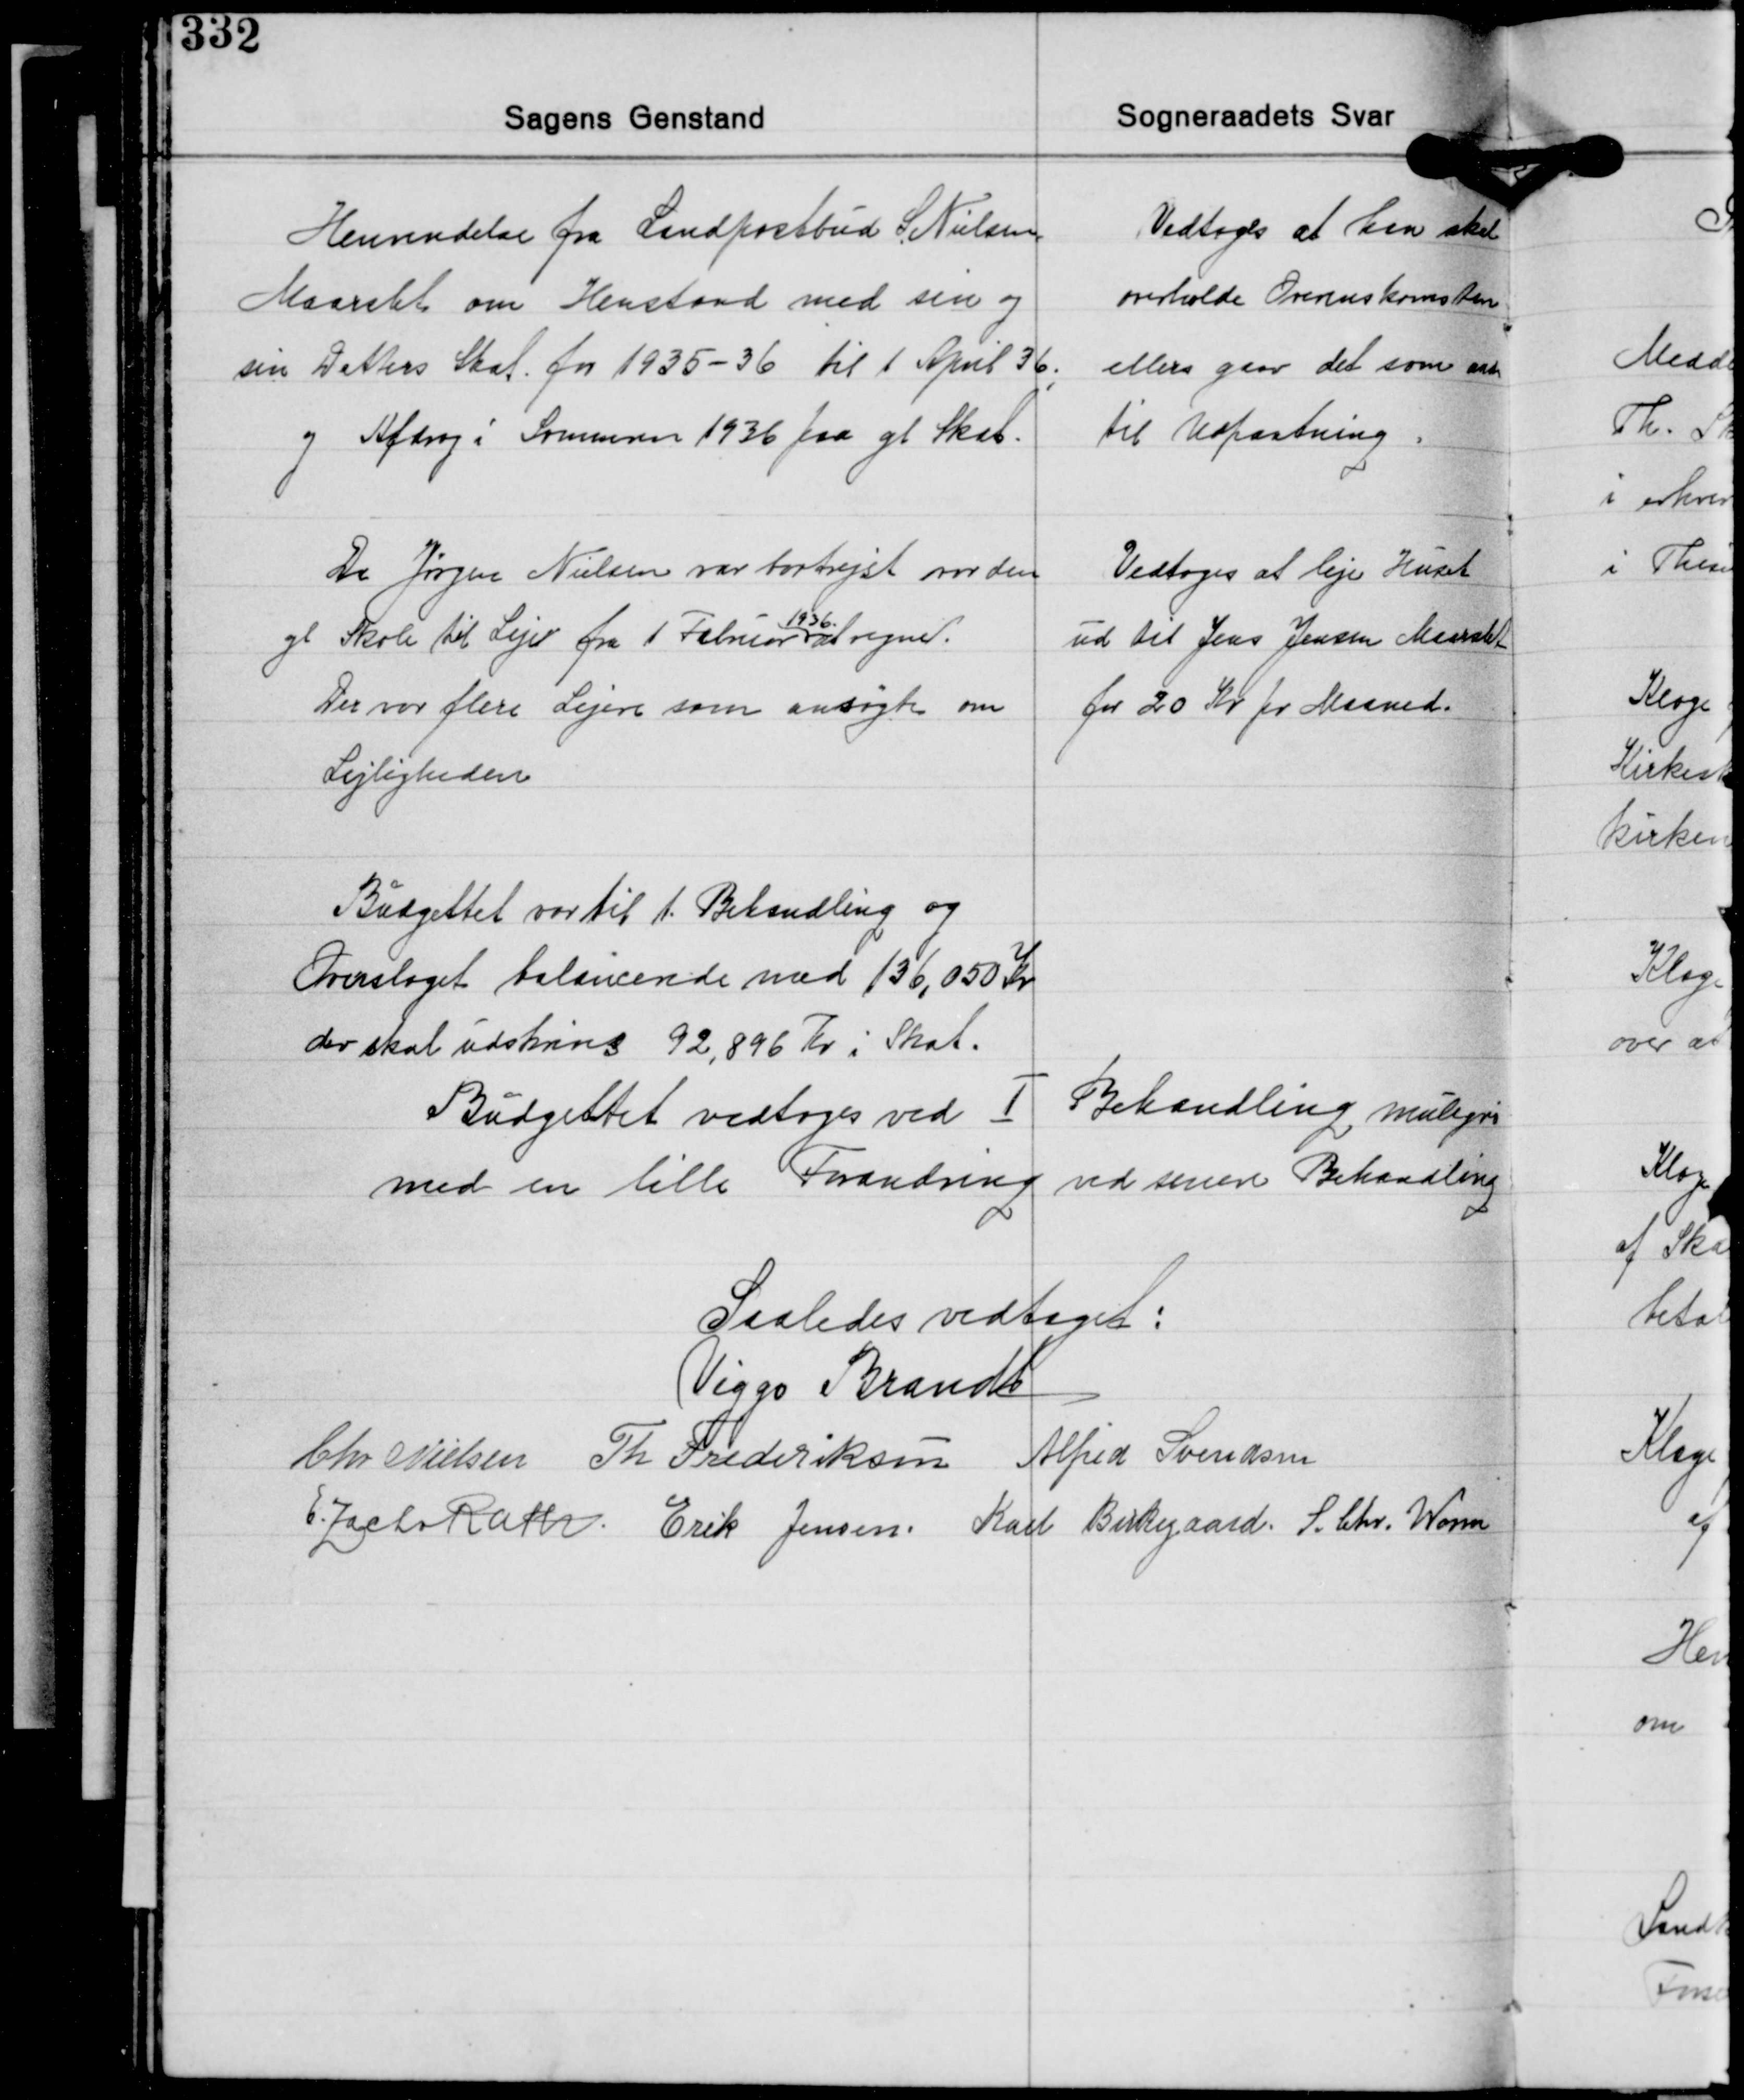
Transskription:
Henvendelse fra Landpostbud S. Nielsen
Maarslet om Henstand med sin og
sin Datters Skat for 1935-36 til 1 April 36;
og Afdrag i Sommeren 1936 paa gl. Skat.

Vedtoges at han skal
overholde Overenskomsten
ellers gaar det som andre
til Udpantning.

Da Jørgen Nielsen var bortrejst var den
gl. Skole til Leje fra 1 Februar at regne.
1936
Der var flere Lejere som ansøgte om
Lejligheden

Vedtoges at leje Huset
ud til Jens Jensen Maarslet
for 20 Kr. pr. Maaned.

Budgettet var til 1. Behandling og
Overslaget balancerede med 136.050 Kr.
der skal udskrives 92.896 Kr. i Skat.

Budgettet vedtoges ved Ⅰ Behandling muligvis
med en lille Forandring ved senere Behandling

Saaledes vedtaget:
Viggo Brandt
Chr. Nielsen Th. Frederiksen Alfred Svendsen
E. Zacho Rath Erik Jensen Karl Birkegaard S. Chr. Worm